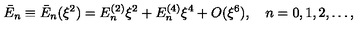
\bar { E } _ { n } \equiv \bar { E } _ { n } ( \xi ^ { 2 } ) = E _ { n } ^ { ( 2 ) } \xi ^ { 2 } + E _ { n } ^ { ( 4 ) } \xi ^ { 4 } + O ( \xi ^ { 6 } ) , \quad n = 0 , 1 , 2 , \dots ,